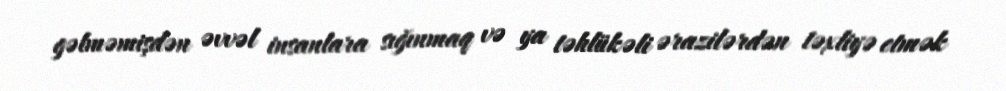
gəlməmişdən əvvəl insanlara sığınmaq və ya təhlükəli ərazilərdən təxliyə etmək